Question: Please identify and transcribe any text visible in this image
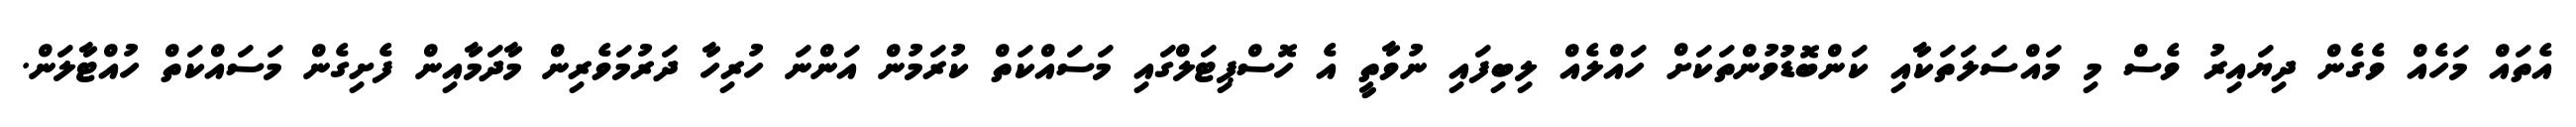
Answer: އެތައް މަހެއް ވެގެން ދިޔައިރު ވެސް މި މައްސަލަތަކާއި ކަންބޮޑުވުންތަކަށް ހައްލެއް ލިބިފައި ނުވާތީ އެ ހޮސްޕިޓަލްގައި މަސައްކަތް ކުރަމުން އަންނަ ހުރިހާ ދަރުމަވެރިން މާދަމާއިން ފެށިގެން މަސައްކަތް ހުއްޓާލަން.